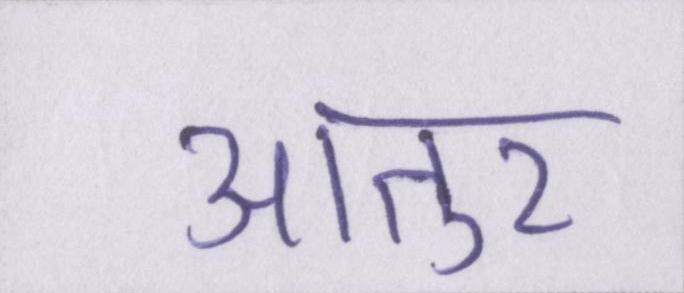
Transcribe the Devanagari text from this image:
आतुर